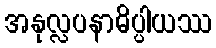
အနုလ္လပနာဓိပ္ပါယဿ